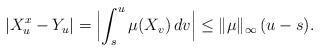
LaTeX: \begin{align*}|X^x_u-Y_u|=\Bigl|\int_s^u \mu(X_v)\, dv\Bigr|\leq \|\mu\|_\infty\,(u-s).\end{align*}